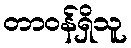
တာဝန်ရှိသူ